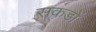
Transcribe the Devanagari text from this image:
सकड़ों